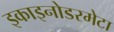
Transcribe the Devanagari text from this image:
इकाइनोडरमेटा